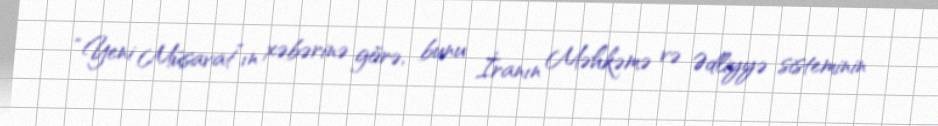
“Yeni Müsavat”ın xəbərinə görə, bunu İranın Məhkəmə və Ədliyyə sisteminin